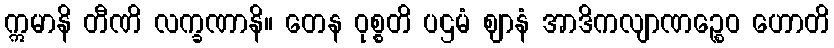
ဣမာနိ တီဏိ လက္ခဏာနိ။ တေန ဝုစ္စတိ ပဌမံ ဈာနံ အာဒိကလျာဏဉ္စေဝ ဟောတိ